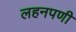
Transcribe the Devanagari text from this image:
लहनपणी